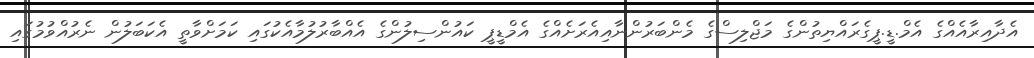
އެދާއިރާއެއްގެ އެމް.ޑީ.ޕީގެރައްޔިތުންގެ މަޖްލިސްގެ މެންބަރުންނާއިއެރަށެއްގެ އެމްޑީޕީ ކައުންސިލުންގެ އެއްބާރުލުމާއެކުގައި ކަމަށްވާތީ އެކަބަލުން ނެރުއްވުމުގައި